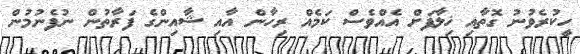
ހީކުރެވުނު ގޮތާއި ޚިލާފަށް އެއްވެސް ކަމެއް ރިހާން އާއި ޝާއިންގެ ފަރާތުން ނުފެނުމުން